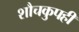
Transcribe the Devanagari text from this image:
शौचकुपही